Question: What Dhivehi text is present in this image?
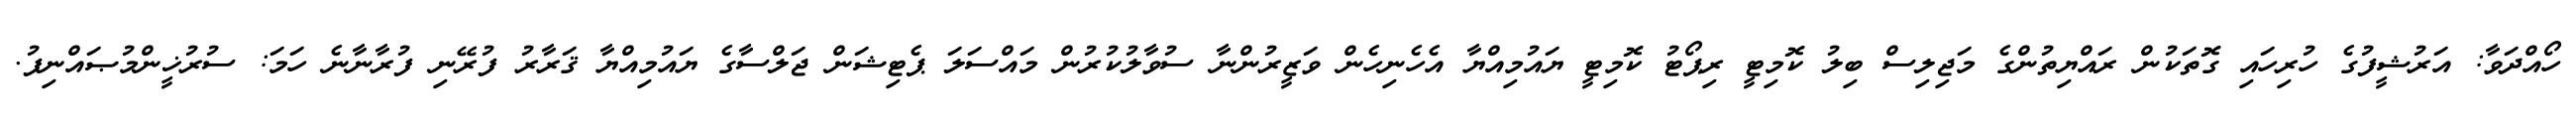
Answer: ހޯއްދަވާ: އަރުޝީފުގެ ހުރިހައި ގޮތަކުން ރައްޔިތުންގެ މަޖިލިސް ބިލު ކޮމިޓީ ރިޕޯޓު ކޮމިޓީ ޔައުމިއްޔާ އެހެނިހެން ވަޒީރުންނާ ސުވާލުކުރުން މައްސަލަ ޕެޓިޝަން ޖަލްސާގެ ޔައުމިއްޔާ ޤަރާރު ފުރޭނި ފުރާނާނެ ހަމަ: ސުރުޚީންމުޞައްނިފު.